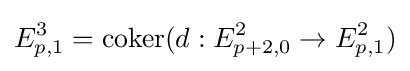
E_{p,1}^{3}=\operatorname {coker} (d:E_{p+2,0}^{2}\to E_{p,1}^{2})